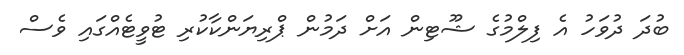
ބުދަ ދުވަހު އެ ފިލްމުގެ ޝޫޓިން އަށް ދަމުން ޕްރިޔަންކާކުރި ޓުވީޓެއްގައި ވެސް